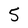
Character: 5